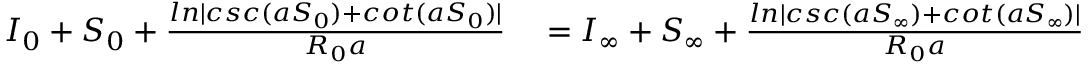
\begin{array} { r l } { I _ { 0 } + S _ { 0 } + \frac { l n | c s c ( a S _ { 0 } ) + c o t ( a S _ { 0 } ) | } { R _ { 0 } a } } & { { } = I _ { \infty } + S _ { \infty } + \frac { l n | c s c ( a S _ { \infty } ) + c o t ( a S _ { \infty } ) | } { R _ { 0 } a } } \end{array}